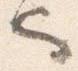
也